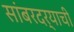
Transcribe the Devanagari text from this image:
सांबरदर्‍याची